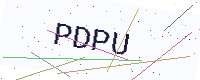
Text: PDPU